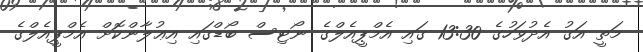
މަތީ އަގު އެދުވަހުގެ 13:30 ގައި އެމްޕީއެލްގެ ނޯޓިސް ބޯޑްގައި އިޢުލާންކޮށް އެމްޕީއެލްގެ